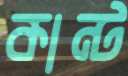
কান্ট